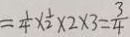
= \frac { 1 } { 4 } \times \frac { 1 } { 2 } \times 2 \times 3 = \frac { 3 } { 4 }